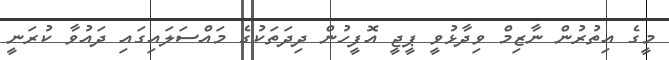
މީގެ އިތުރުން ނާޒިމް ވިދާޅުވީ ޕީޖީ އޮފީހުން ދިދަތަކުގެ މައްސަލައިގައި ދައުވާ ކުރަނީ